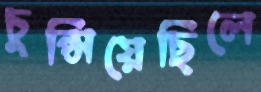
চুপ্‌সিয়েছিলে